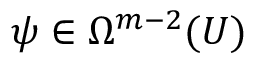
\psi \in \Omega ^ { m - 2 } ( U )